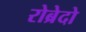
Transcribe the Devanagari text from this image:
रोब्रेदो